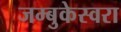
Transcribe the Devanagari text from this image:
जम्बुकेस्वरा